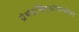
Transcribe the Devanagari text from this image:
ग्रंथप्रसिद्धीमधील